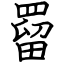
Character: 罶